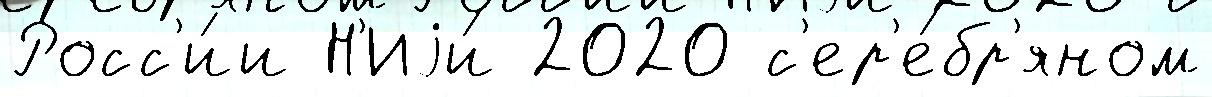
Росс'и́и Н'Иjи́ 2020 с'ер'е́бр'яном